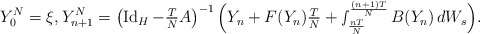
\begin{align*} Y^N_0 = \xi, Y^N_{ n + 1 } = \left( \operatorname{Id}_H - \tfrac{ T }{ N } A \right)^{ - 1 } \Big( Y_n + F( Y_n ) \tfrac{ T }{ N } + \smallint\nolimits_{ \frac{ n T }{ N } }^{ \frac{ ( n + 1 ) T }{ N } } B( Y_n ) \, dW_s \Big) .\end{align*}